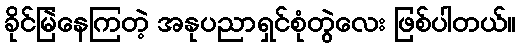
ခိုင်မြဲနေကြတဲ့ အနုပညာရှင်စုံတွဲလေး ဖြစ်ပါတယ်။